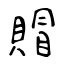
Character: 賵